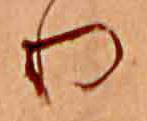
り